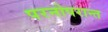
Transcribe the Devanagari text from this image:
परनोपरान्त